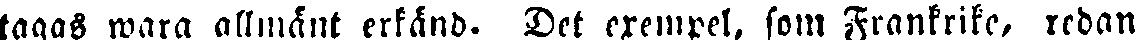
tagas wara allmänt erkänd. Det exempel, som Frankrike, redan